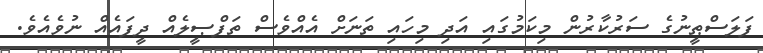
ފަލަސްޠީނުގެ ސަރުކާރުން މިކަމުގައި އަދި މިހައި ތަނަށް އެއްވެސް ތަފްޞީލެއް ދީފައެއް ނުވެއެވެ.